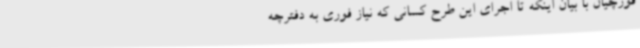
قورچیان با بیان اینکه تا اجرای این طرح کسانی که نیاز فوری به دفترچه